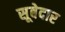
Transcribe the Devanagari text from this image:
सूबेदार